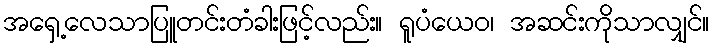
အရှေ့လေသာပြူတင်းတံခါးဖြင့်လည်း။ ရူပံယေဝ၊ အဆင်းကိုသာလျှင်။